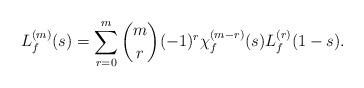
LaTeX: \begin{align*}L^{(m)}_f(s)=\sum_{r=0}^m\binom{m}{r}(-1)^{r}\chi_f^{(m-r)}(s)L_f^{(r)}(1-s). \end{align*}